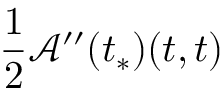
\frac { 1 } { 2 } \mathcal { A } ^ { \prime \prime } ( t _ { * } ) ( t , t )